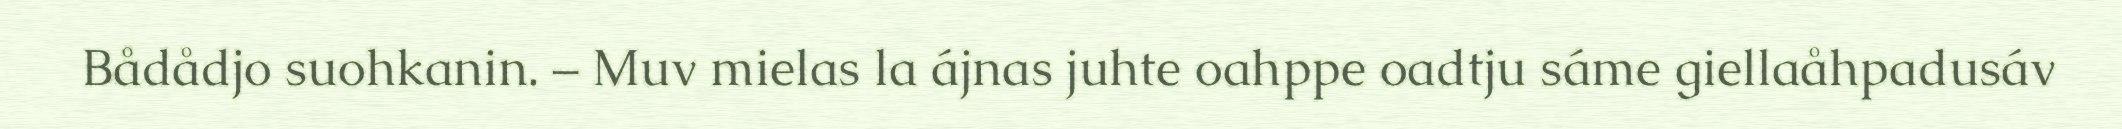
Bådådjo suohkanin. – Muv mielas la ájnas juhte oahppe oadtju sáme giellaåhpadusáv